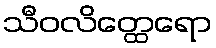
သီဝလိတ္ထေရော